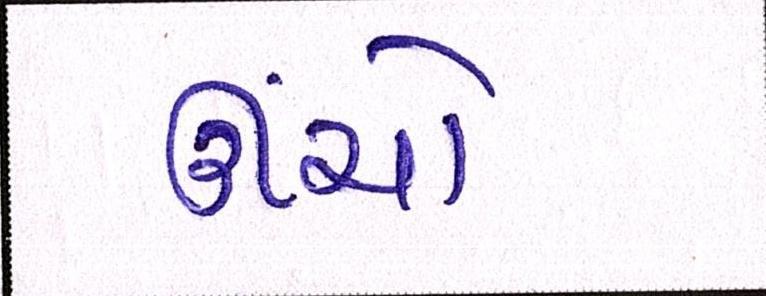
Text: ઊંચો